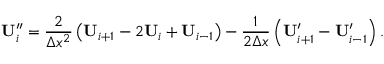
\mathbf { U } _ { i } ^ { \prime \prime } = \frac { 2 } { \Delta x ^ { 2 } } \left( \mathbf { U } _ { i + 1 } - 2 \mathbf { U } _ { i } + \mathbf { U } _ { i - 1 } \right) - \frac { 1 } { 2 \Delta x } \left( \mathbf { U } _ { i + 1 } ^ { \prime } - \mathbf { U } _ { i - 1 } ^ { \prime } \right) .